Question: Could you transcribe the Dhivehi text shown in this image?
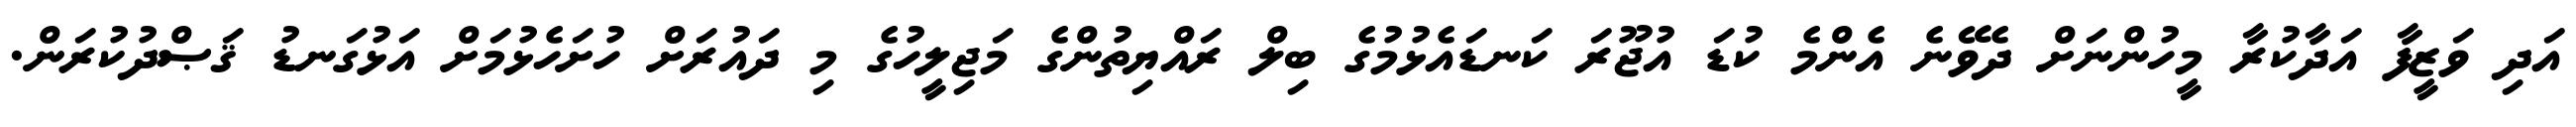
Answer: އަދި ވަޒީފާ އަދާކުރާ މީހުންނަށް ދެވޭނެ އެންމެ ކުޑަ އުޖޫރަ ކަނޑައެޅުމުގެ ބިލް ރައްޔިތުންގެ މަޖިލީހުގެ މި ދައުރަށް ހުށަހެޅުމަށް އަޅުގަނޑު ޤަޞްދުކުރަން.